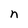
Character: n